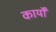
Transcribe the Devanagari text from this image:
कार्योंं